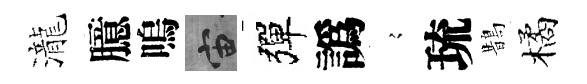
瀧臆嗚宙彈譌𡪹琉鵲橘